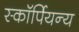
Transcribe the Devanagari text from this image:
स्कॉर्पियन्य